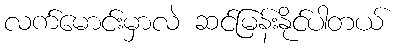
လက်မောင်းမှာလဲ ဆင်မြန်းနိုင်ပါတယ်